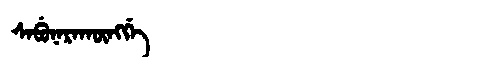
Manchu: ᠰᠠᠪᡠᠨᠠᡵᠠᡴᡡᠩᡤᡝ
Romanization: SABUNARAKŪNGGE